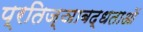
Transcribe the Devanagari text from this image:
प्रतिज्ञाबद्धताओं